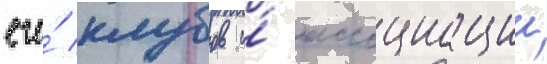
его́ клубов и́ ассоциации